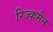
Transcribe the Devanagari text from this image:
रिज्कमैन